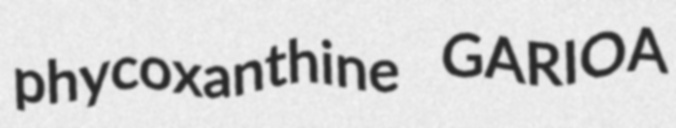
phycoxanthine GARIOA